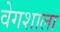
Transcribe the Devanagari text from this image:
वेगशाला